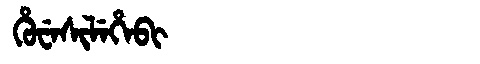
Manchu: ᡥᡠᠸᡝᠰᡳᠯᡝᡥᡝᠪᡳ
Romanization: HUWESILEHEBI